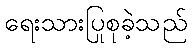
ရေးသားပြုစုခဲ့သည်